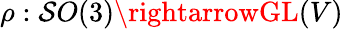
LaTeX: \rho:\mathcal{S}O(3)\rightarrowGL(V)